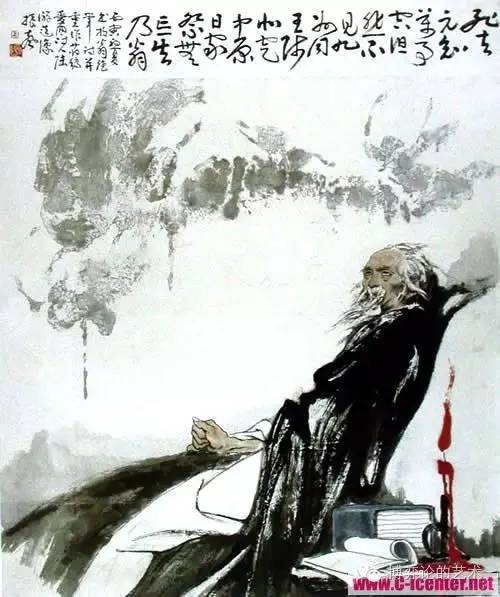
梦断香消四十年，沈园柳老不吹绵。